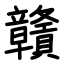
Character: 贛